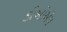
ડીઓએમ